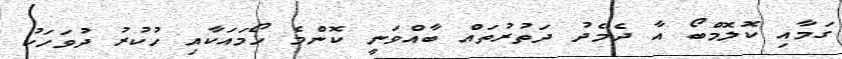
ގަމާއި ކޮލޮމްބޯ އާ ދެމެދު ދަތުރުތައް ބާއްވަނީ ކޮންމެ ހޯމައަކާއި ހުކުރު ދުވަހަކު